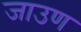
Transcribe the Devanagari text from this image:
जाउण